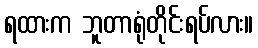
ရထားက ဘူတာရုံတိုင်းရပ်လား။